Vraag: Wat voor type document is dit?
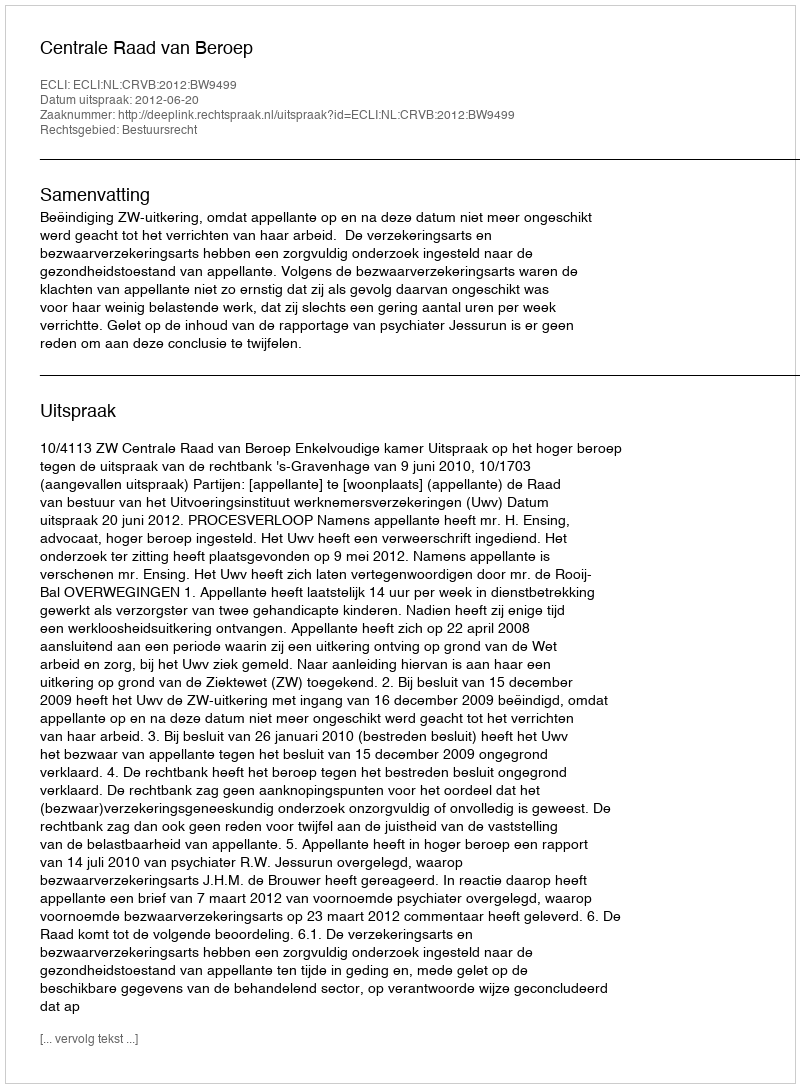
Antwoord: Uitspraak